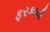
ફરકાવી